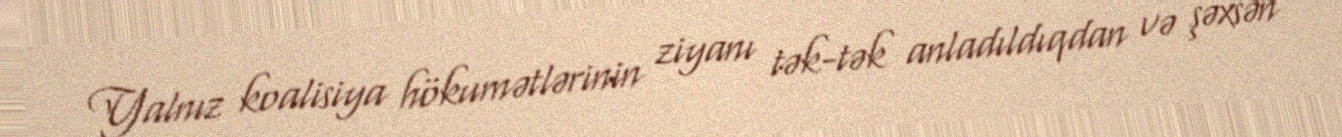
Yalnız koalisiya hökumətlərinin ziyanı tək-tək anladıldıqdan və şəxsən